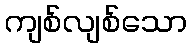
ကျစ်လျစ်သော